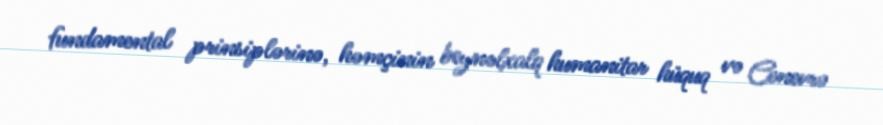
fundamental prinsiplərinə, həmçinin beynəlxalq humanitar hüquq və Cenevrə